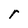
Character: r